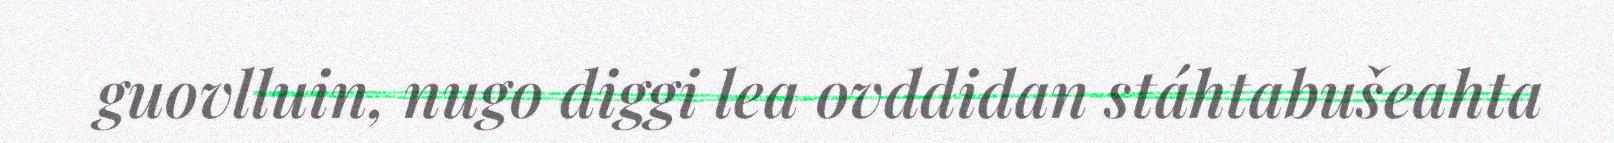
guovlluin, nugo diggi lea ovddidan stáhtabušeahta